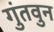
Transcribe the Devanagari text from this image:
गुंतवुन